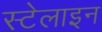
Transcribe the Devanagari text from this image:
स्टेलाइन